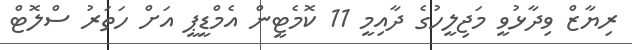
ރިޔާޒް ވިދާޅުވީ މަޖިލީހުގެ ދާއިމީ 11 ކޮމެޓީން އެމްޑީޕީ އަށް ހަތަރު ސްލޮޓް